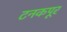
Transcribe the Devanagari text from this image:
टनकपूर